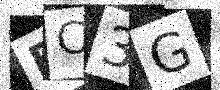
Text: RC3G